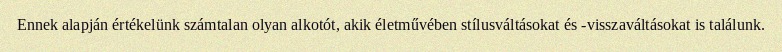
Ennek alapján értékelünk számtalan olyan alkotót, akik életművében stílusváltásokat és -visszaváltásokat is találunk.